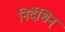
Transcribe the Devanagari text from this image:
निर्देशिन्